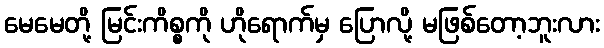
မေမေတို့ မြင်းကိစ္စကို ဟိုရောက်မှ ပြောလို့ မဖြစ်တော့ဘူးလား